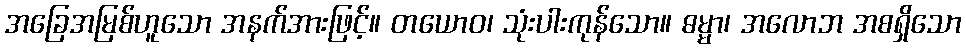
အခြေအမြစ်ဟူသော အနက်အားဖြင့်။ တယောဝ၊ သုံးပါးကုန်သော။ ဓမ္မာ၊ အလောဘ အစရှိသော